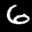
Label: 6